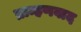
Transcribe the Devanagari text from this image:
ब्राम्हणवाद